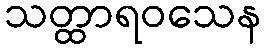
သတ္ထာရဝသေန